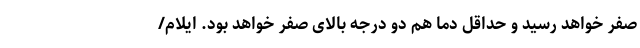
صفر خواهد رسید و حداقل دما هم دو درجه بالای صفر خواهد بود. ایلام/